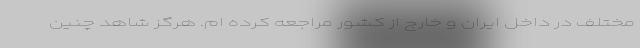
مختلف در داخل ایران و خارج از کشور مراجعه کرده ام. هرگز شاهد چنین